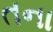
તના